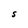
Character: S